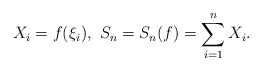
\begin{align*}{X_{i}=f(\xi_{i}),\ S_{n}=S_{n}(f)=\sum\limits_{i=1}^{n}X_{i}}. \end{align*}